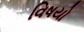
વિષયો